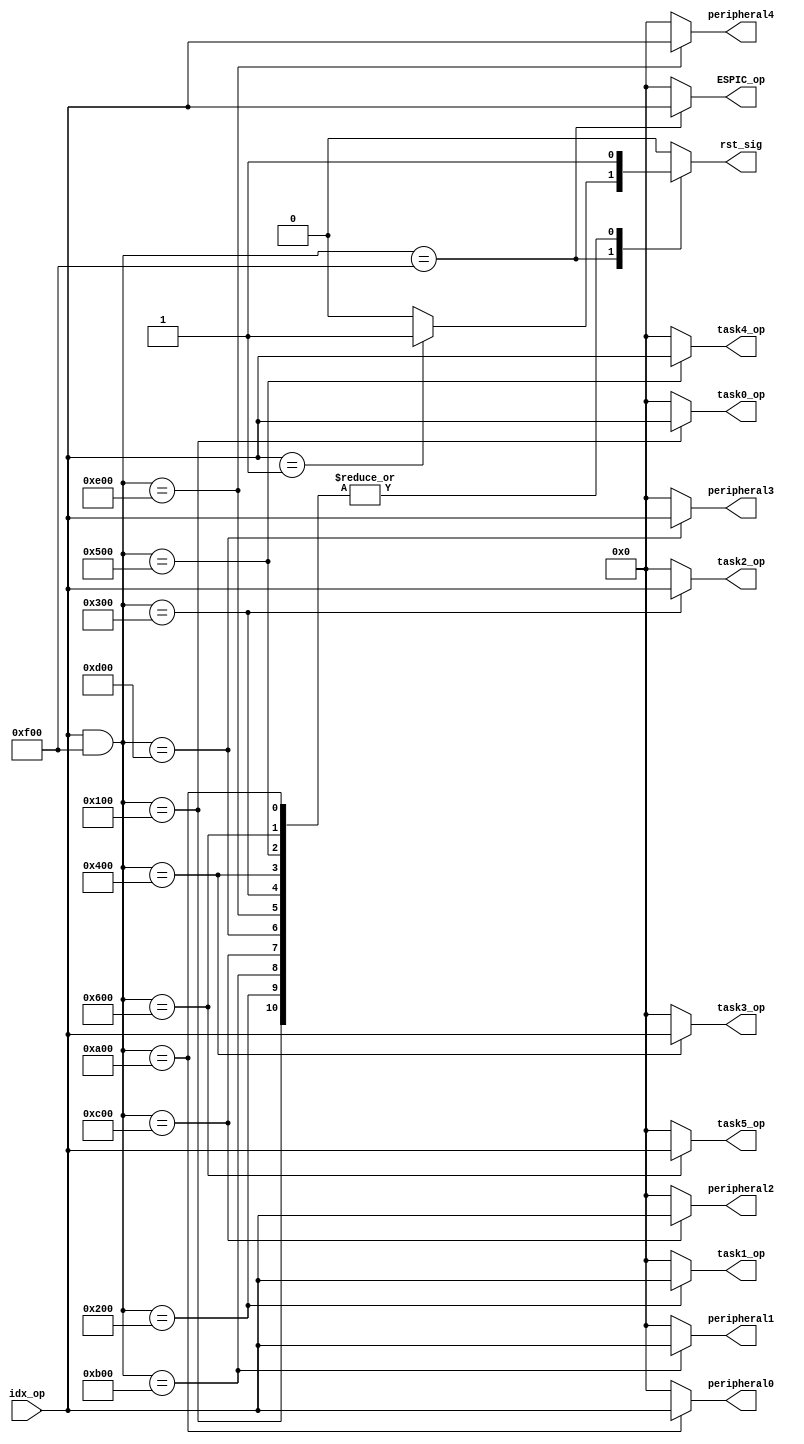
module input_synchronizer_node0 (
	input [15:0] idx_op,
	output reg rst_sig,
	output reg [15:0] ESPIC_op,
	output reg [15:0] task0_op,
	output reg [15:0] task1_op,
	output reg [15:0] task2_op,
	output reg [15:0] task3_op,
	output reg [15:0] task4_op,
	output reg [15:0] task5_op,
	output reg [15:0] peripheral0,
	output reg [15:0] peripheral1,
	output reg [15:0] peripheral2,
	output reg [15:0] peripheral3,
	output reg [15:0] peripheral4
	);
	
		
	// ---------------------
	// Task ID | Operation
	// [7:4]   | [3:0]
	// ---------------------
	
	
	always @(*) begin : Combinational
			
				task0_op <= 0;
				task1_op <= 0;
				task2_op <= 0;
				task3_op <= 0;
				task4_op <= 0;
				task5_op <= 0;
				peripheral0 <= 0;
				peripheral1 <= 0;
				peripheral2 <= 0;
				peripheral3 <= 0;
				peripheral4 <= 0;
				ESPIC_op <= 0;
				rst_sig <= 1;
	
				case (idx_op & 16'b0000111100000000)
					
					16'b0000111100000000 : begin
								ESPIC_op <= idx_op;
								if(idx_op == 16'b1) begin 
									rst_sig <= 1;
								end else begin
									rst_sig <= 0;
								end
							end
					16'b0000000100000000 : begin // 0001
								task0_op <= idx_op;
							end
					16'b0000001000000000 : begin // 0010
								task1_op <= idx_op;
							end
					16'b0000001100000000 : begin // 0011
								task2_op <= idx_op;
							end
			// ------------------------------------------		
			//		EXCLUSIVE TASKS	
			// ------------------------------------------	
					16'b0000010000000000 : begin // 0100
								task3_op <= idx_op;
							end	
					16'b0000010100000000 : begin // 0101
								task4_op <= idx_op;
							end
					16'b0000011000000000 : begin // 0110
								task5_op <= idx_op;
							end
			// ------------------------------------------		
			//		PERIPHERALS	
			// ------------------------------------------
					16'b0000101000000000 : begin // 1010
								peripheral0 <= idx_op;
								end
								
					16'b0000101100000000 : begin // 1011
								peripheral1 <= idx_op;
								end
								
					16'b0000110000000000 : begin // 1100
								peripheral2 <= idx_op;
								end
					16'b0000110100000000 : begin // 1011
								peripheral3 <= idx_op;
								end
								
					16'b0000111000000000 : begin // 1100
								peripheral4 <= idx_op;
								end
								
					default : begin 
						task0_op <= 0;
						task1_op <= 0;
						task2_op <= 0;
						task3_op <= 0;
						task4_op <= 0;
						task5_op <= 0;
						peripheral0 <= 0;
						peripheral1 <= 0;
						peripheral2 <= 0;
						peripheral3 <= 0;
						peripheral4 <= 0;
						ESPIC_op <= 0;	
						rst_sig <= 0;
					end
		
				endcase
	end

endmodule